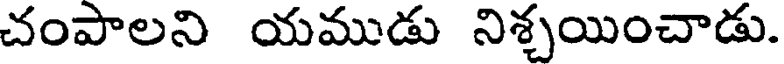
చంపాలని యముడు నిశ్చయించాడు.